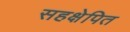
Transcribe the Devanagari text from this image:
सहक्षेपित